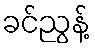
ခင်ညွန့်